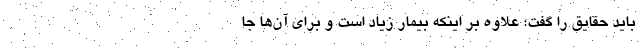
باید حقایق را گفت؛ علاوه بر اینکه بیمار زیاد است و برای آن‌ها جا